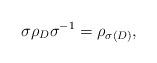
LaTeX: \begin{align*}\sigma \rho_D \sigma^{-1}=\rho_{\sigma (D)},\end{align*}